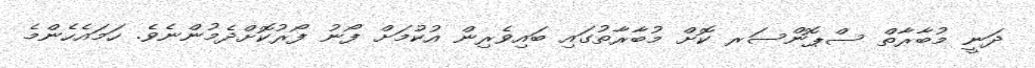
ދަނީ މުބާރާތް ސްޕޮންސަރ ކޮށް މުބާރާތުގައި ބައިވެރިން އުކުމަށް ފޯނު ފޯރުކޮށްދެމުންނެވެ. ހަމައެހެންމެ